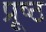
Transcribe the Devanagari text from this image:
प्रूष्ठ